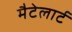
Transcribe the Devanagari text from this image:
मैटेलार्ट